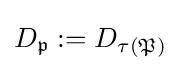
D_{\mathfrak {p}}:=D_{\tau ({\mathfrak {P}})}